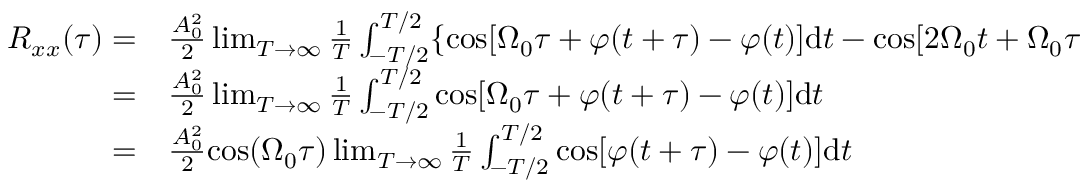
\begin{array} { r l } { R _ { x x } ( \tau ) = } & { { } \frac { A _ { 0 } ^ { 2 } } { 2 } \operatorname* { l i m } _ { T \rightarrow \infty } \frac { 1 } { T } \int _ { - T / 2 } ^ { T / 2 } \{ \mathrm { c o s } [ \Omega _ { 0 } \tau + \varphi ( t + \tau ) - \varphi ( t ) ] \mathrm { d } t - \mathrm { c o s } [ 2 \Omega _ { 0 } t + \Omega _ { 0 } \tau + \varphi ( t + \tau ) + \varphi ( t ) ] \mathrm { d } t \} } \\ { = } & { { } \frac { A _ { 0 } ^ { 2 } } { 2 } \operatorname* { l i m } _ { T \rightarrow \infty } \frac { 1 } { T } \int _ { - T / 2 } ^ { T / 2 } \mathrm { c o s } [ \Omega _ { 0 } \tau + \varphi ( t + \tau ) - \varphi ( t ) ] \mathrm { d } t } \\ { = } & { { } \frac { A _ { 0 } ^ { 2 } } { 2 } \mathrm { c o s } ( \Omega _ { 0 } \tau ) \operatorname* { l i m } _ { T \rightarrow \infty } \frac { 1 } { T } \int _ { - T / 2 } ^ { T / 2 } \mathrm { c o s } [ \varphi ( t + \tau ) - \varphi ( t ) ] \mathrm { d } t } \end{array}